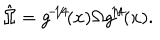
LaTeX: \hat { \Omega } = g ^ { \! - \! 1 \! / \! 4 \! } ( x ) \Omega g ^ { \! 1 \! / \! 4 \! } ( x ) .